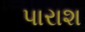
પારાશ